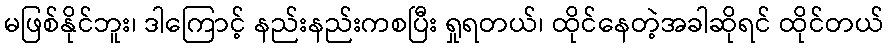
မဖြစ်နိုင်ဘူး၊ ဒါကြောင့် နည်းနည်းကစပြီး ရှုရတယ်၊ ထိုင်နေတဲ့အခါဆိုရင် ထိုင်တယ်